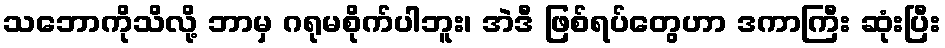
သဘောကိုသိလို့ ဘာမှ ဂရုမစိုက်ပါဘူး၊ အဲဒီ ဖြစ်ရပ်တွေဟာ ဒကာကြီး ဆုံးပြီး